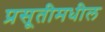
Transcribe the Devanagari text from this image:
प्रसूतीमधील